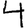
Digit: 4